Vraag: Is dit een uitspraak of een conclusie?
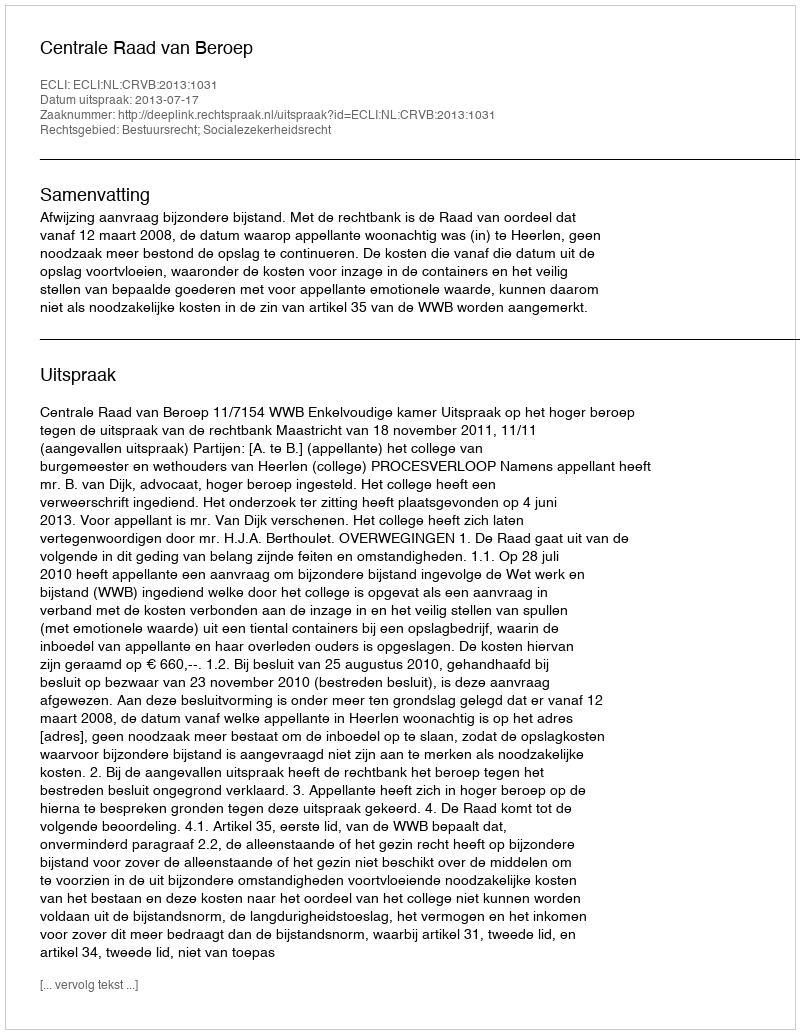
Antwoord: Uitspraak